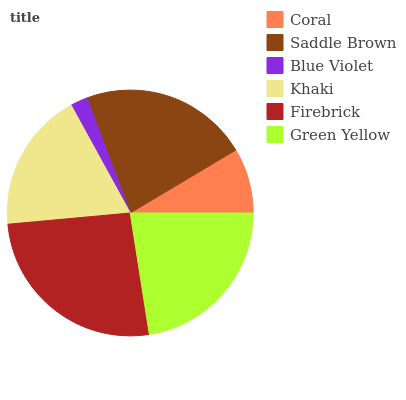
| Coral | Saddle Brown | Blue Violet | Khaki | Firebrick | Green Yellow |
 | --- | --- | --- | --- | --- | --- |
 | 8.57% | 22.1% | 2.25% | 18.5% | 26% | 22.6% |